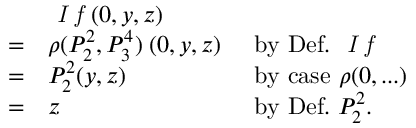
{ \begin{array} { l l l } & { { \textit { I f } } ( 0 , y , z ) } \\ { = } & { \rho ( P _ { 2 } ^ { 2 } , P _ { 3 } ^ { 4 } ) \; ( 0 , y , z ) } & { { \mathrm { ~ b y ~ D e f . ~ } } { \textit { I f } } } \\ { = } & { P _ { 2 } ^ { 2 } ( y , z ) } & { { \mathrm { ~ b y ~ c a s e ~ } } \rho ( 0 , . . . ) } \\ { = } & { z } & { { \mathrm { ~ b y ~ D e f . ~ } } P _ { 2 } ^ { 2 } . } \end{array} }